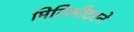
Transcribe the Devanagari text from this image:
मिलिमीटरने